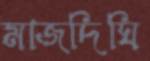
মাজদিঘি